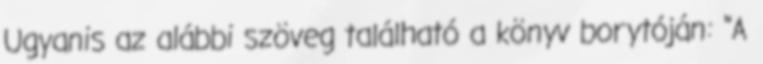
Ugyanis az alábbi szöveg található a könyv borytóján: "A